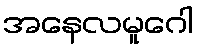
အနေလမူဂေါ